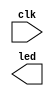
`timescale 1ns / 1ps

module top(
input wire clk,
output wire led
    );
endmodule